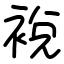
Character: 裞